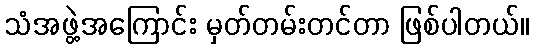
သံအဖွဲ့အကြောင်း မှတ်တမ်းတင်တာ ဖြစ်ပါတယ်။